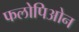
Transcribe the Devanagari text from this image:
फलोपिओन